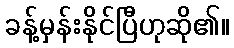
ခန့်မှန်းနိုင်ပြီဟုဆို၏။